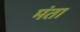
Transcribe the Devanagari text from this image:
मंता